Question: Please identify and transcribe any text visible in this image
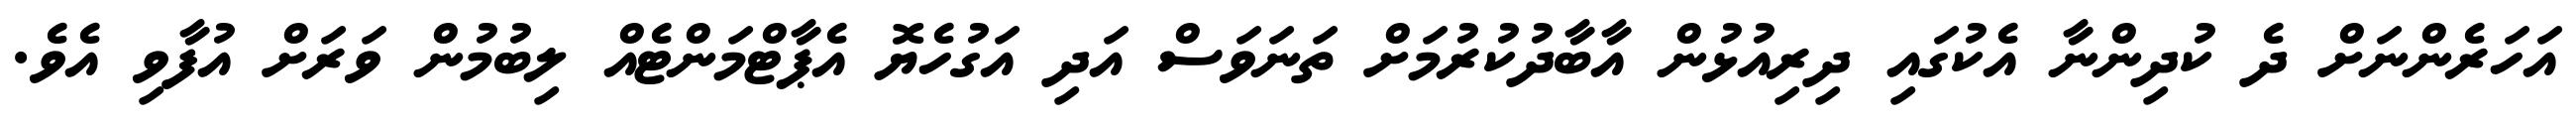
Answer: އަހަރެންނަށް ދެ ކުދިންނާ އެކުގައި ދިރިއުޅުން އާބާދުކުރުމަށް ތަނަވަސް އަދި އަގުހެޔޮ އެޕާޓްމަންޓެއް ލިބުމުން ވަރަށް އުފާވި އެވެ.